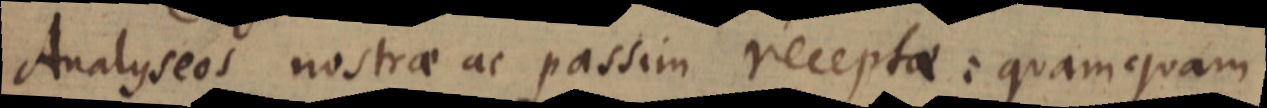
Analyseos nostrae ac passim receptae: quamquam